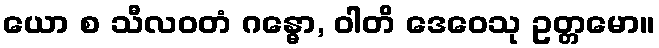
ယော စ သီလဝတံ ဂန္ဓော, ဝါတိ ဒေဝေသု ဥတ္တမော။